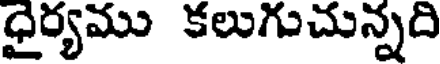
ధైర్యము కలుగుచున్నది